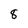
Character: 8